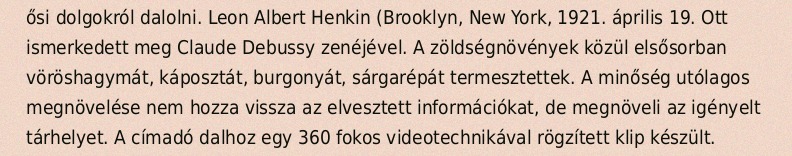
ősi dolgokról dalolni. Leon Albert Henkin (Brooklyn, New York, 1921. április 19. Ott ismerkedett meg Claude Debussy zenéjével. A zöldségnövények közül elsősorban vöröshagymát, káposztát, burgonyát, sárgarépát termesztettek. A minőség utólagos megnövelése nem hozza vissza az elvesztett információkat, de megnöveli az igényelt tárhelyet. A címadó dalhoz egy 360 fokos videotechnikával rögzített klip készült.